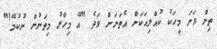
ތިން ވަނަ މީހަކު ކުއްލިއަކަށް އެތަނަށް ވަދެ "އޭ މިހާރު މިތަނުން ނުކުމޭ!"